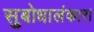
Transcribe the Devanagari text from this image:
सुबोधालंकार।